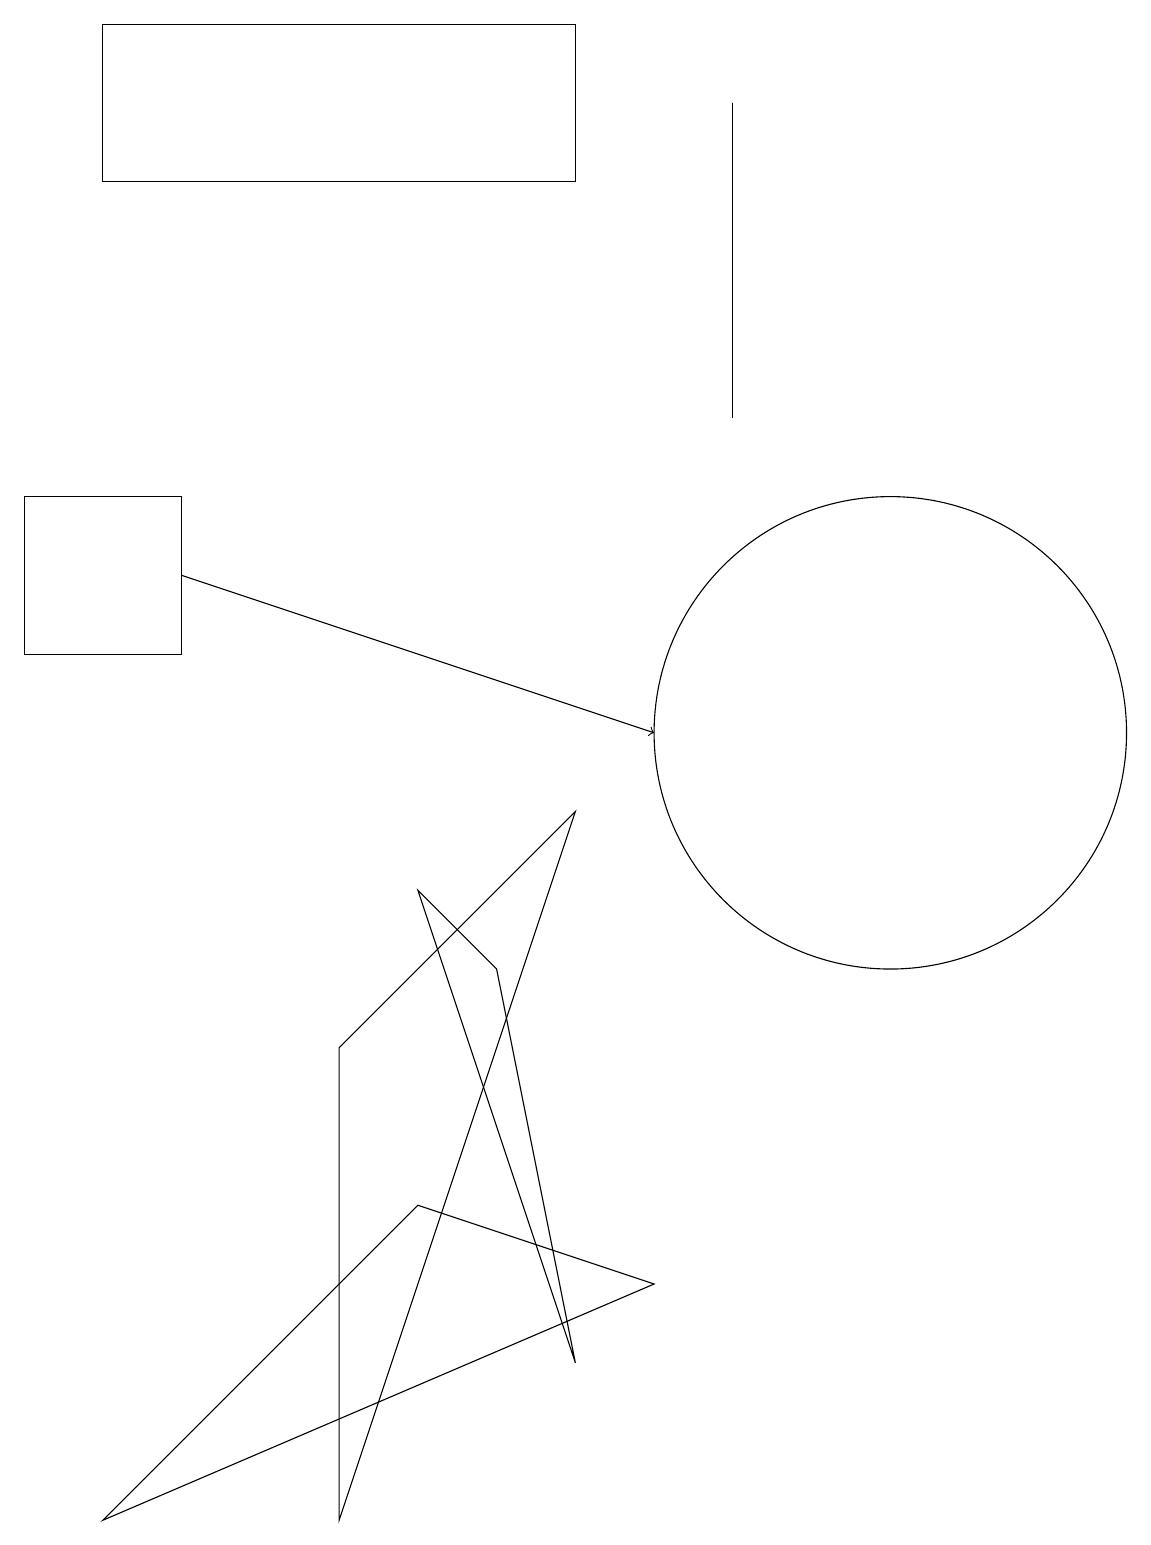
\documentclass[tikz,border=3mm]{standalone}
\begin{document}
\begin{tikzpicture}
\draw (7,19) rectangle (1,17);
\draw[->] (2,12) -- (8,10);
\draw (5,8) -- (6,7) -- (7,2) -- cycle;
\draw (1,0) -- (5,4) -- (8,3) -- cycle;
\draw (11,10) circle (3);
\draw (0,13) rectangle (2,11);
\draw (9,14) rectangle (9,18);
\draw (7,9) -- (4,0) -- (4,6) -- cycle;
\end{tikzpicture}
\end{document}